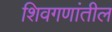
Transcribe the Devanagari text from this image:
शिवगणांतील